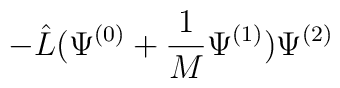
- \hat{L} ( \Psi^{(0)} + \frac{1}{M} \Psi^{(1)} ) \Psi^{(2)}